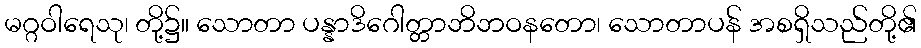
မဂ္ဂဝါရေသု၊ တို့၌။ သောတာ ပန္နာဒိဂေါတ္တာဘိဘဝနတော၊ သောတာပန် အစရှိသည်တို့၏